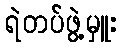
ရဲတပ်ဖွဲ့မှူး